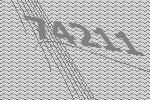
74211